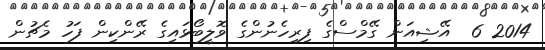
2014 6  އޭޝިއަން ގޭމްސްގެ ފިރިހެނުންގެ ވޮލީބޯޅައިގެ ރޭންކިން ފަހު މެޗުން